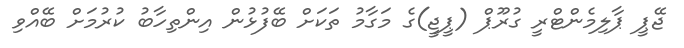
ޖޭޕީ ޕާލިމެންޓްރީ ގުރޫޕް (ޕީޖީ)ގެ މަގާމު ތަކަށް ބޭފުޅުން އިންތިހާބު ކުރުމަށް ބޭއްވި